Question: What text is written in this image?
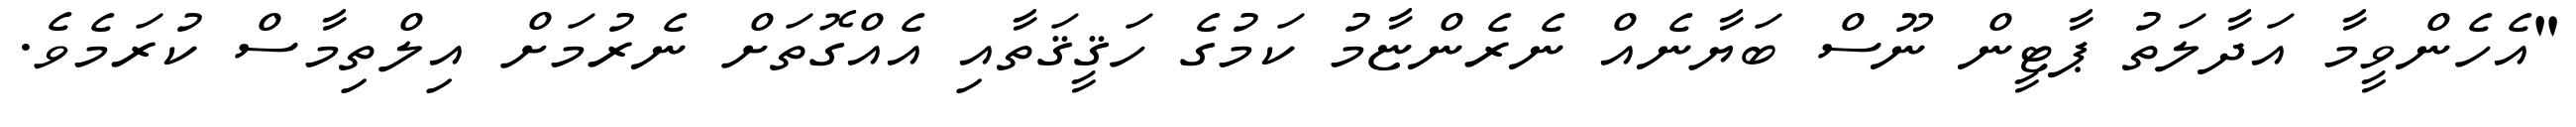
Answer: "އެހެންވީމާ އަދާލަތު ޕާޓީން ނޫސް ބަޔާނެއް ނެރެންޏާމު ކަމުގެ ހަޤީޤަތާއި އެއްގޮތަށް ނެރުމަށް އިލްތިމާސް ކުރަމެވެ.